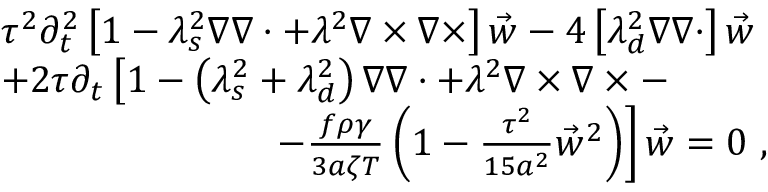
\begin{array} { r l } & { \tau ^ { 2 } \partial _ { t } ^ { 2 } \left[ 1 - \lambda _ { s } ^ { 2 } \nabla \nabla \cdot + \lambda ^ { 2 } \nabla \times \nabla \times \right] \vec { w } - 4 \left[ \lambda _ { d } ^ { 2 } \nabla \nabla \cdot \right] \vec { w } } \\ & { + 2 \tau \partial _ { t } \left[ 1 - \left( \lambda _ { s } ^ { 2 } + \lambda _ { d } ^ { 2 } \right) \nabla \nabla \cdot + \lambda ^ { 2 } \nabla \times \nabla \times - \right. } \\ & { \left. \ \ \ \ \ \ \ \ \ \ \ \ \ \ \ \ \ \ \ \ \ - \frac { f \rho \gamma } { 3 a \zeta T } \left( 1 - \frac { \tau ^ { 2 } } { 1 5 a ^ { 2 } } \vec { w } ^ { 2 } \right) \right] \vec { w } = 0 \ , } \end{array}